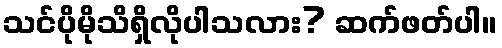
သင်ပိုမိုသိရှိလိုပါသလား? ဆက်ဖတ်ပါ။